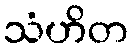
သံဟိတ